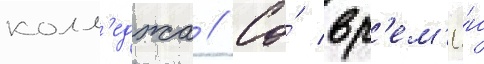
колл'еджа // Со́ вр'ем'ё́н